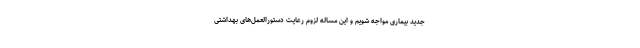
جدید بیماری مواجه شویم و این مساله لزوم رعایت دستورالعمل‌های بهداشتی